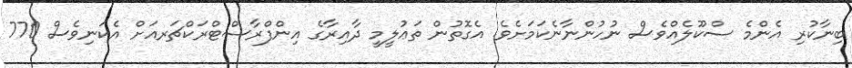
ބިނާކުރި އެންމެ ސްކޫލެއްވެސް ނުހުންނާނެކަމަށެވެ. އެގޮތުން ތަޢުލީމީ ދާއިރާގެ އިންފްރާސްޓްރަކްޗަރއަށް އެކަނިވެސް 770